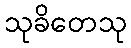
သုခိတေသု